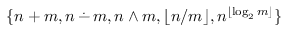
\{ n + m , n \, { \stackrel { . } { - } } \, m , n \wedge m , \lfloor n / m \rfloor , n ^ { \lfloor \log _ { 2 } m \rfloor } \}